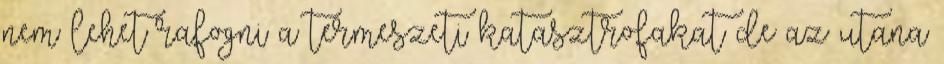
nem lehet rafogni a termeszeti katasztrofakat de az utana